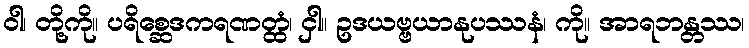
ဝါ၊ တို့ကို။ ပရိစ္ဆေဒကရဏတ္ထံ၊ ငှါ။ ဥဒယဗ္ဗယာနုပဿနံ၊ ကို။ အာရဘန္တဿ၊